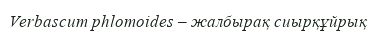
Verbascum phlomoides – жалбырақ сиырқұйрық